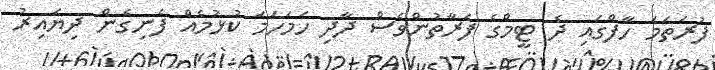
ފުރަތަމަ ހާފްގައި ދެ ޓީމްގެ ފަރާތުންވެސް ދާދި ހަމަހަމަ ކުޅުމެއް ފެނިގެން ދިޔައިރު